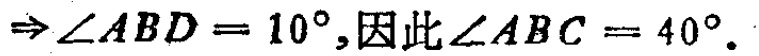
$\Rightarrow \angle ABD = 10^{\circ},因此\angle ABC = 40^{\circ}.$